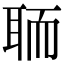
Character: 聏